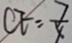
O E = \frac { 7 } { 4 }